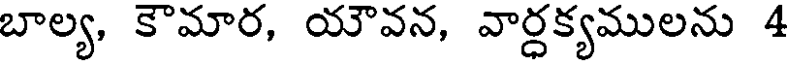
బాల్య, కౌమార, యౌవన, వార్ధక్యములను 4